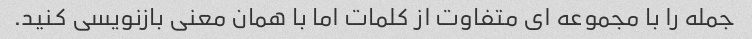
جمله را با مجموعه ای متفاوت از کلمات اما با همان معنی بازنویسی کنید.